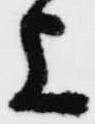
上